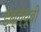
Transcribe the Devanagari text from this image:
डब्ल्यूबी